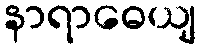
နာရာဓေယျ